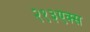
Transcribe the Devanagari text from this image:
२१३एक्स